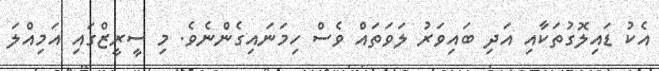
އެކު ޑައިލޮގުތަކާއި އަދި ބައިވަރު ލަވަތައް ވެސް ހިމަނައިގެންނެވެ. މި ސީރީޒްގައި އަމިއްލަ